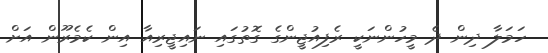
ހަމަލާ ދިން ދެ މީހުންނަކީ ރެފިއުޖީންގެ ގޮތުގައި ނައިޖީރިއާ އިން ކެމެރޫން އަށް